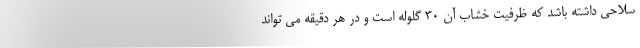
سلاحی داشته باشد که ظرفیت خشاب آن ۳۰ گلوله است و در هر دقیقه می تواند